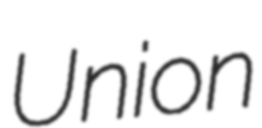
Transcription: Union